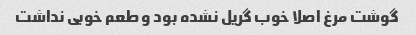
گوشت مرغ اصلا خوب گریل نشده بود و طعم خوبی نداشت